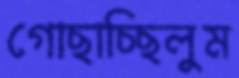
গোছাচ্ছিলুম